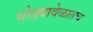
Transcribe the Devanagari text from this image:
थोड्यावेळातच